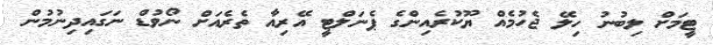
ޓީމަށް ލިބުނު ހިލޭ ޖެހުމެއް ޔޫކުރެއިންގެ ޕެނަލްޓީ އޭރިއާ ތެރެއަށް ނޯވުޑް ނަގައިދިނުމުން